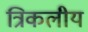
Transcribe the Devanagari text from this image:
त्रिकलीय